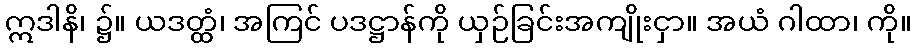
ဣဒါနိ၊ ၌။ ယဒတ္ထံ၊ အကြင် ပဒဋ္ဌာန်ကို ယှဉ်ခြင်းအကျိုးငှာ။ အယံ ဂါထာ၊ ကို။